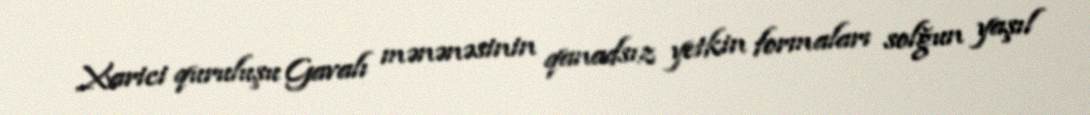
Xarici quruluşu Gavalı mənənəsinin qanadsız yetkin formaları solğun yaşıl